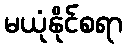
မယုံနိုင်စရာ